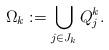
LaTeX: \begin{align*}\Omega_k:=\bigcup_{j\in J_k}Q^k_j.\end{align*}